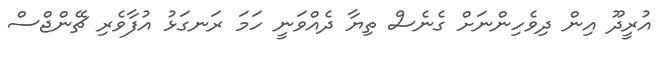
އުރީދޫ އިން ދިވެހިންނަށް ގެނެސް ތިޔާ ދެއްވަނީ ހަމަ ރަނގަޅު އުފާވެރި ޗޭންޖްސް